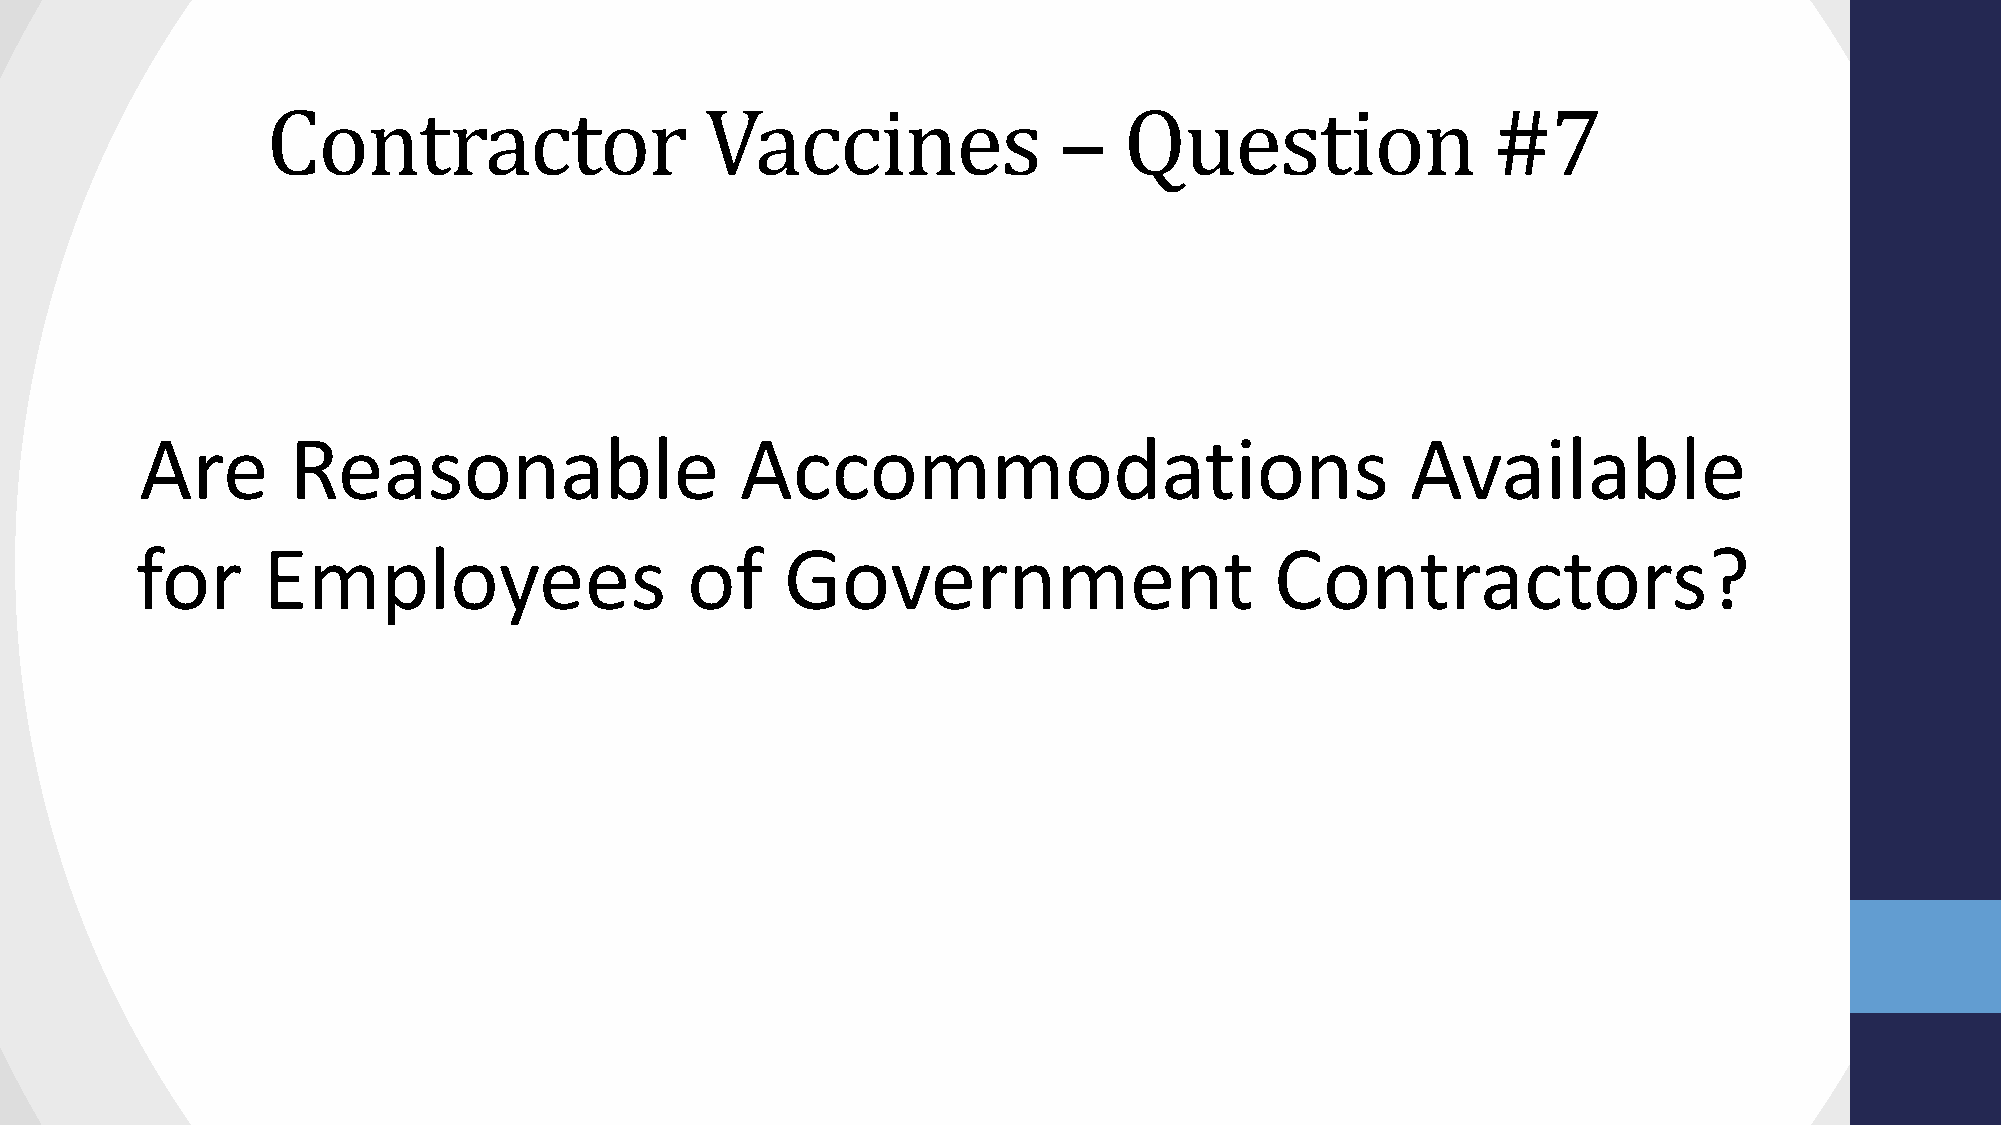
Contractor                   Vaccines               –   Question                 #7
 Are       Reasonable                    Accommodations                              Available
 for     Employees                   of     Government                      Contractors?